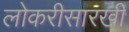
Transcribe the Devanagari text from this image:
लोकरीसारखी